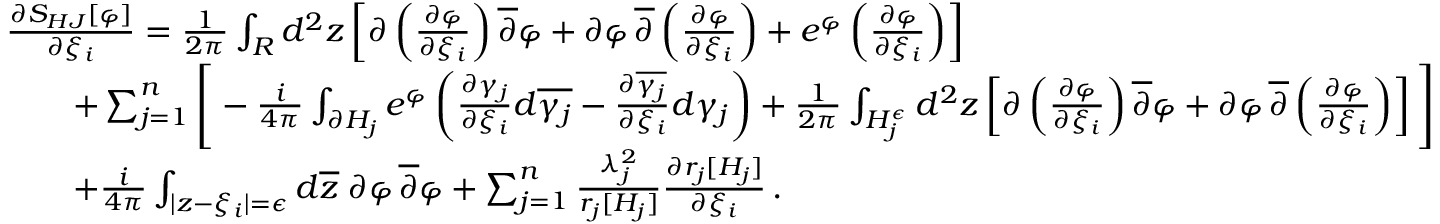
\begin{array} { r l } & { { \frac { \partial S _ { H J } [ \varphi ] } { \partial \xi _ { i } } } = { \frac { 1 } { 2 \pi } } \int _ { R } d ^ { 2 } z \left[ \partial \left( { \frac { \partial \varphi } { \partial \xi _ { i } } } \right) \overline { { \partial } } \varphi + \partial \varphi \, \overline { { \partial } } \left( { \frac { \partial \varphi } { \partial \xi _ { i } } } \right) + e ^ { \varphi } \left( { \frac { \partial \varphi } { \partial \xi _ { i } } } \right) \right] } \\ & { \quad \quad + \sum _ { j = 1 } ^ { n } \Bigg [ - { \frac { i } { 4 \pi } } \int _ { \partial H _ { j } } e ^ { \varphi } \left( { \frac { \partial \gamma _ { j } } { \partial \xi _ { i } } } d \overline { { \gamma _ { j } } } - { \frac { \partial \overline { { \gamma _ { j } } } } { \partial \xi _ { i } } } d \gamma _ { j } \right) + { \frac { 1 } { 2 \pi } } \int _ { H _ { j } ^ { \epsilon } } d ^ { 2 } z \left[ \partial \left( { \frac { \partial \varphi } { \partial \xi _ { i } } } \right) \overline { { \partial } } \varphi + \partial \varphi \, \overline { { \partial } } \left( { \frac { \partial \varphi } { \partial \xi _ { i } } } \right) \right] \Bigg ] } \\ & { \quad \quad + { \frac { i } { 4 \pi } } \int _ { | z - \xi _ { i } | = \epsilon } d \overline { { z } } \; \partial \varphi \, \overline { { \partial } } \varphi + \sum _ { j = 1 } ^ { n } { \frac { \lambda _ { j } ^ { 2 } } { r _ { j } [ H _ { j } ] } } { \frac { \partial r _ { j } [ H _ { j } ] } { \partial \xi _ { i } } } \, . } \end{array}